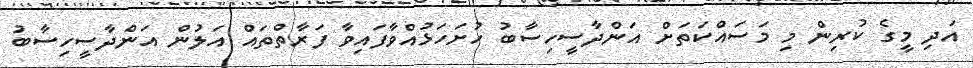
އަދި މީގެ ކުރިން މި މަސައްކަތަށް އަންދާސީހިސާބު ހުށަހަޅުއްވާފައިވާ ފަރާތްތައް އަލުން އަންދާސީހިސާބު